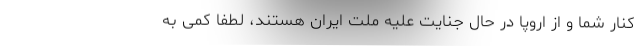
کنار شما و از اروپا در حال جنایت علیه ملت ایران هستند، لطفا کمی به